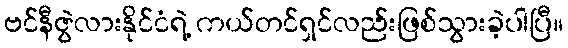
ဗင်နီဇွဲလားနိုင်ငံရဲ့ ကယ်တင်ရှင်လည်းဖြစ်သွားခဲ့ပါပြီ။